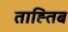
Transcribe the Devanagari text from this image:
ताह्तिब